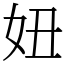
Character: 妞